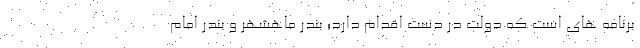
برنامه های است که دولت در دست اقدام دارد؛ بندر ماهشهر و بندر امام